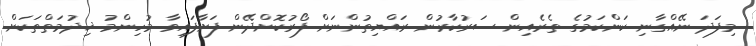
މިފަދަ ނޭއްގާނި ކަންކަމުގެ ތެރެއިން ސަރުކާރުން ރައްޔިތުންނަށް ފޯރުކޮށްދޭން ފަށާފައިވާ މުހިންމު ޚިދުމަތްތަކަށް